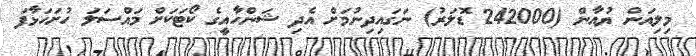
މިލިއަން ޔުއާން (242000 ޑޮލަރު) ނަގައިދިނުމަށް އެދި ޝަންހާއީގެ ކޯޓަކަށް މައްސަލަ ހުށަހަޅާފަ